Code of medical and sanitary regulations for the guidance of medical officers serving in the Madras Presidency - Volume I
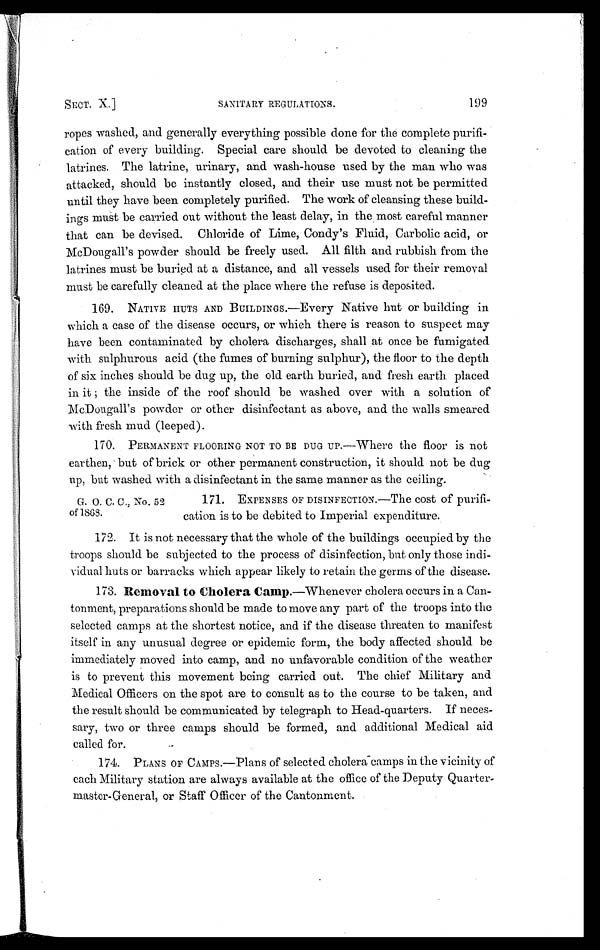
SECT. X.]
SANITARY REGULATIONS.
199
ropes washed, and generally everything possible done for the complete purifi-
cation of every building. Special care should be devoted to cleaning the
latrines. The latrine, urinary, and wash-house used by the man who was
attacked, should be instantly closed, and their use must not be permitted
until they have been completely purified. The work of cleansing these build-
ings must be carried out without the least delay, in the most careful manner
that can be devised. Chloride of Lime, Condy's Fluid, Carbolic acid, or
McDougall's powder should be freely used. All filth and rubbish from the
latrines must be buried at a distance, and all vessels used for their removal
must be carefully cleaned at the place where the refuse is deposited.
169. NATIVE HUTS AND BUILDINGS.—Every Native hut or building in
which a case of the disease occurs, or which there is reason to suspect may
have been contaminated by cholera discharges, shall at once be fumigated
with sulphurous acid (the fumes of burning sulphur), the floor to the depth
of six inches should be dug up, the old earth buried, and fresh earth placed
in it ; the inside of the roof should be washed over with a solution of
McDougall's powder or other disinfectant as above, and the walls smeared
with fresh mud (leeped).
170. PERMANENT FLOORING NOT TO BE DUG UP.—Where the floor is not
earthen, but of brick or other permanent construction, it should not be dug
up, but washed with a disinfectant in the same manner as the ceiling.
G. O. C. C., No. 52
of 1868.
171. EXPENSES OF DISINFECTION.—The cost of purifi-
cation is to be debited to Imperial expenditure.
172. It is not necessary that the whole of the buildings occupied by the
troops should be subjected to the process of disinfection, but only those indi-
vidual huts or barracks which appear likely to retain the germs of the disease.
173. Removal to Cholera Camp. —Whenever cholera occurs in a Can-
tonment, preparations should be made to move any part of the troops into the
selected camps at the shortest notice, and if the disease threaten to manifest
itself in any unusual degree or epidemic form, the body affected should be
immediately moved into camp, and no unfavorable condition of the weather
is to prevent this movement being carried out. The chief Military and
Medical Officers on the spot are to consult as to the course to be taken, and
the result should be communicated by telegraph to Head-quarters. If neces-
sary, two or three camps should be formed, and additional Medical aid
called for.
174. PLANS OF CAMPS.—Plans of selected cholera- camps in the vicinity of
each Military station are always available at the office of the Deputy Quarter-
master-General, or Staff Officer of the Cantonment.